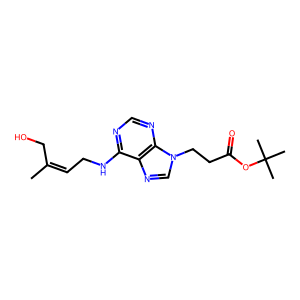
SMILES: CC(=CCNc1ncnc2c1ncn2CCC(=O)OC(C)(C)C)CO
Inhibits HIV replication: No